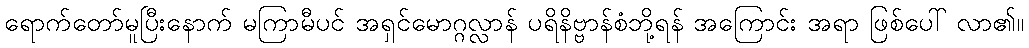
ရောက်တော်မူပြီးနောက် မကြာမီပင် အရှင်မောဂ္ဂလ္လာန် ပရိနိဗ္ဗာန်စံဘို့ရန် အကြောင်း အရာ ဖြစ်ပေါ် လာ၏။